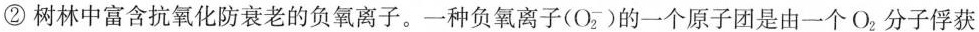
②树林中富含抗氧化防衰老的负氧离子。一种负氧离子(О_{2})的一个原子团是由一个O_{2}分子俘获